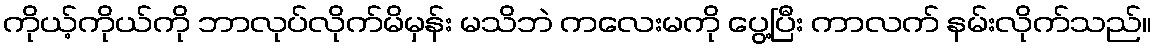
ကိုယ့်ကိုယ်ကို ဘာလုပ်လိုက်မိမှန်း မသိဘဲ ကလေးမကို ပွေ့ပြီး ကာလက် နမ်းလိုက်သည်။